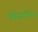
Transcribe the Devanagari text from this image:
मिनिस्टीरियल